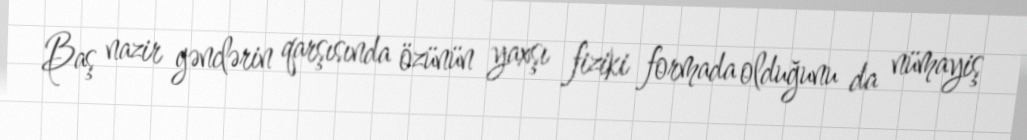
Baş nazir gənclərin qarşısında özünün yaxşı fiziki formada olduğunu da nümayiş